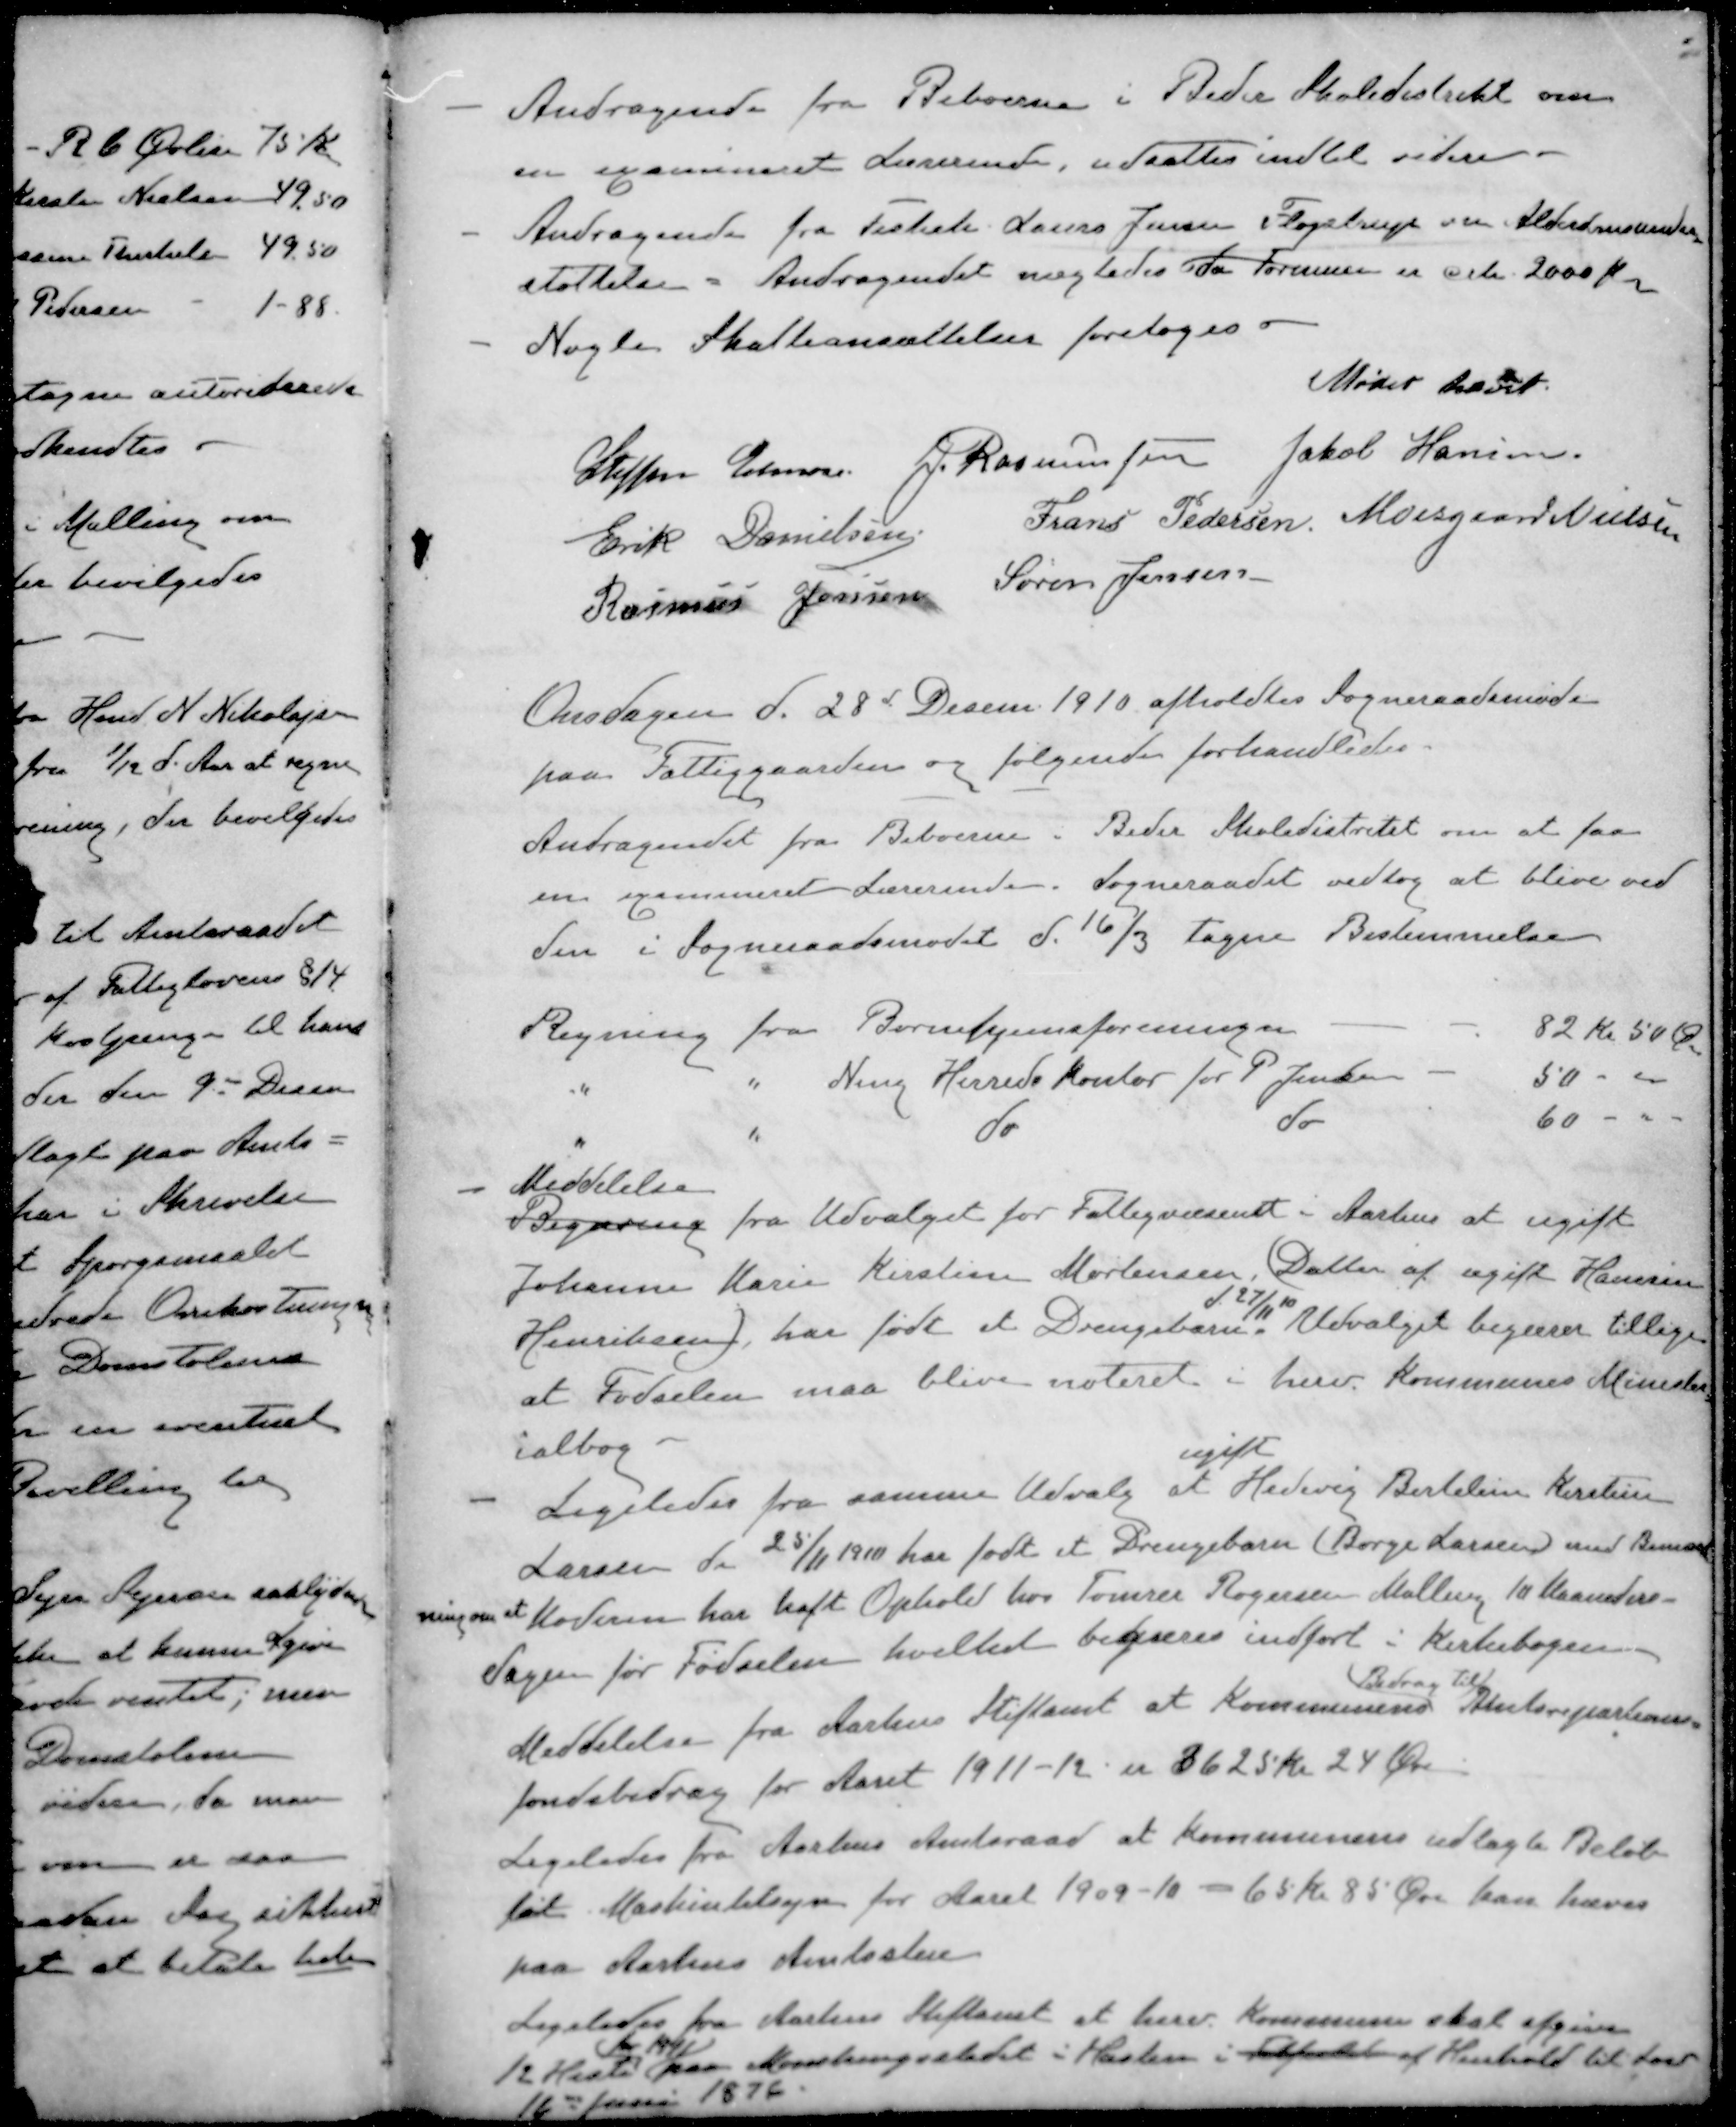
Transskription:
- Andragende fra Beboerne i Beder Skoledistrikt om
en examineret Lærerinde, udsattes indtil videre
- Andragende fra Fiskeh Laurs Jensen Fløjstrup om Alderdomsunder-
støttelse. Andragendet nægtedes da Formuen er crk 2000 Kr
- Nogle Skatteansættelser foretoges
Mødet hævet.
Steffen Elmose
J. Rasmussen
Jakob Hansen
Erik Danielsen
Frans Pedersen
Moesgaard Nielsen
Rasmus Jensen
Søren Jensen
Onsdagen d. 28d Decem. 1910 afholdtes Sogneraadsmøde
paa Fattiggaarden og følgende forhandledes.
Andragendet fra Beboerne: Beder Skoledistritet om at faa
en examineret Lærerinde. Sogneraadet vedtog at blive ved
den i Sogneraadsmødet d. 16/3 tagne Bestemmelse
Regning fra Børnehjemsforeningen
82 Kr 50 Øre
" " Ning Herredskontor for P. Jensen
50 -
" " do do
60 -
Meddelelse
Begæring fra Udvalget for Fattigvæsenet i Aarhus at ugift
Johanne Marie Kirstine Mortensen, Datter af ugift Hansine
d. 27/11 10
Henriksen, har født et Drengebarn Udvalget begærer tillige
at Fødselen maa blive noteret i herv. Kommunes Minister
ialbog
ugift
- Ligeledes fra samme Udvalg at Hedevig Bertelin Kirstine
Larsen d. 25/11 1910 har født et Drengebarn (Børge Larsen med Bemærk-
ningen at Moderen har haft Ophold hos Tømrer Rogersen Malling 10 Maaneders-
dagen før Fødselen hvilket begjæres indført i Kirkebogen
Bidrag til
Meddelelse fra Aarhus Stiftamt at Kommunens Amtsrepartions-
fondsbidrag for Aaret 1911-12 er 3625 kr 24 Øre
Ligeledes fra Aarhus Amtsraad at Kommunens udlagte Beløb
til Maskintilsyn for Aaret 1909-10 - 65 Kr 85 Øre kan hæves
paa Aarhus Amtsstue
Ligeledes fra Aarhus Stiftamt at herv Kommune skal afgive
for 1911
12 Heste paa stedet Haslev i tilfælde af Henhold til Lov
16de Juni 1876